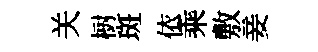
关𣗳斑依乘敷妾